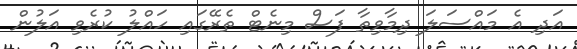
އަދި އެ މައްސަލަ ދިމާވިތާ ފަސް މިނެޓް ތެރޭގައި ހައްލު ކުރެވި އަލުން